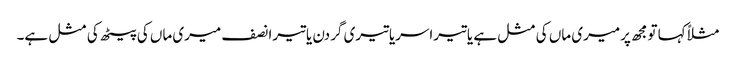
مثلاًکہا تومجھ پرمیری ماں کی مثل ہے یاتیراسریاتیری گردن یاتیرانصف میری ماں کی پیٹھ کی مثل ہے۔